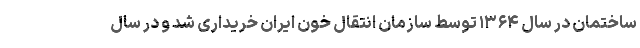
ساختمان در سال ۱۳۶۴ توسط سازمان انتقال خون ایران خریداری شد و در سال